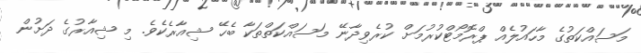
މަސައްކަތުގެ މާހައުލެއް ޕްރޮމޯޓްކުރުމަށް ކުރެވިދާނޭ މަސައްކަތްތަކާ ބެހޭ ޝިއާރެކެވެ. މި ޝިއާރުގެ ދަށުން